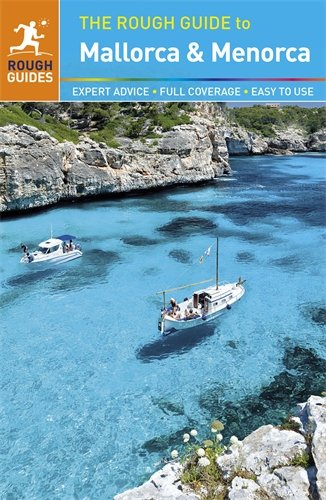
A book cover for The Rough Guide to Mallorca & Menorca; Phil Lee; Travel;